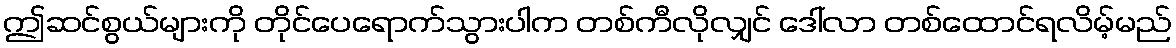
ဤဆင်စွယ်များကို တိုင်ပေရောက်သွားပါက တစ်ကီလိုလျှင် ဒေါ်လာ တစ်ထောင်ရလိမ့်မည်